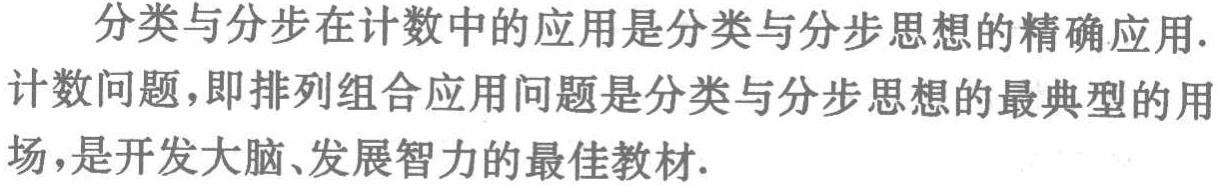
分类与分步在计数中的应用是分类与分步思想的精确应用.计数问题，即排列组合应用问题是分类与分步思想的最典型的用场，是开发大脑、发展智力的最佳教材.